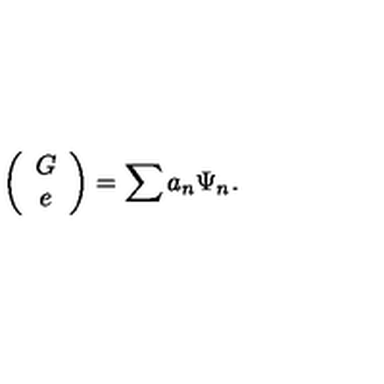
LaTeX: \left( \begin{array} { c } { G } \\ { e } \\ \end{array} \right) = \sum a _ { n } \Psi _ { n } . \nonumber